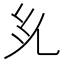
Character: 𭀜